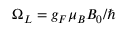
\Omega _ { L } = g _ { F } \mu _ { B } B _ { 0 } / \hbar